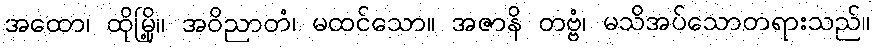
အထော၊ ထိုမြို့။ အဝိညာတံ၊ မထင်သော။ အဇာနိ တဗ္ဗံ၊ မသိအပ်သောတရားသည်။